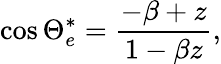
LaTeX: \cos{\Theta_{e}^{\ast}}=\frac{-\beta+z}{1-\beta z},